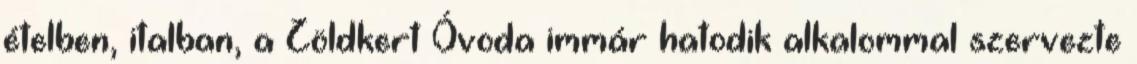
ételben, italban, a Zöldkert Óvoda immár hatodik alkalommal szervezte